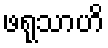
ဖရုသာဟိ